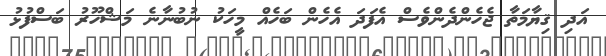
އަދި ޤިޔާމަތާ ޖެހެންދެންވެސް އެފަދަ އެހެން ބަހެއް މީހަކު ނުބުނާނެ މަޝްހޫރު ބަސްފުޅު